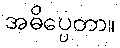
အဓိပ္ပေတာ။